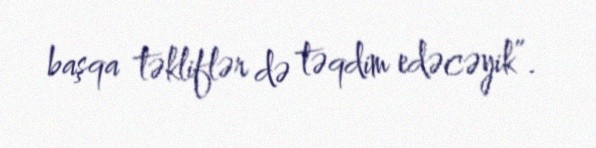
başqa təkliflər də təqdim edəcəyik”.